Scientific memoirs by medical officers of the Army of India - Part II,
Year: 1886
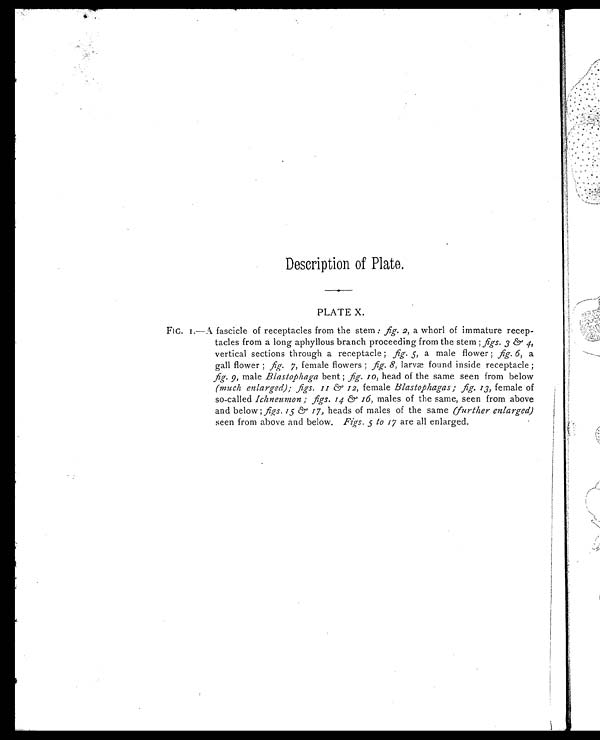
Description of Plate.
PLATE X.
FIG. I.-A fascicle of receptacles from the stem: fig. 2, a whorl of immature recep-
tacles from a long aphyllous branch proceeding from the stem; figs. 3 & 4,
vertical sections through a receptacle; fig. 5, a male flower; fig. 6, a
gall flower; fig. 7, female flowers; fig. 8, larvæ found inside receptacle;
fig. 9 , male Blastophaga bent; fig. 10, head of the same seen from below
(much enlarged); figs. 11 & 12, f e m a l e
B l a s t o p h a g a s ; f i g . 1 3 ,
f e m a l e o f
so-called Ichneumon; figs. 14 & 16, males of the same, seen from above
and below; 15 & 17, heads of males of the same (further enlarged)
seen from above and below. Figs.5 t o 1 7
a r e a l l e n l a r g e d .